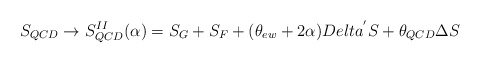
\begin{align*}S_{QCD} \rightarrow S^{II}_{QCD}(\alpha) = S_{G} + S_{F} +(\theta_{ew} + 2\alpha) Delta^{'}S + \theta_{QCD} \Delta S\end{align*}